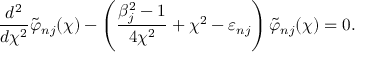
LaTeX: \frac { d ^ { 2 } } { d \chi ^ { 2 } } \tilde { \varphi } _ { n j } ( \chi ) - \left( \frac { \beta _ { j } ^ { 2 } - 1 } { 4 \chi ^ { 2 } } + \chi ^ { 2 } - \varepsilon _ { n j } \right) \tilde { \varphi } _ { n j } ( \chi ) = 0 .